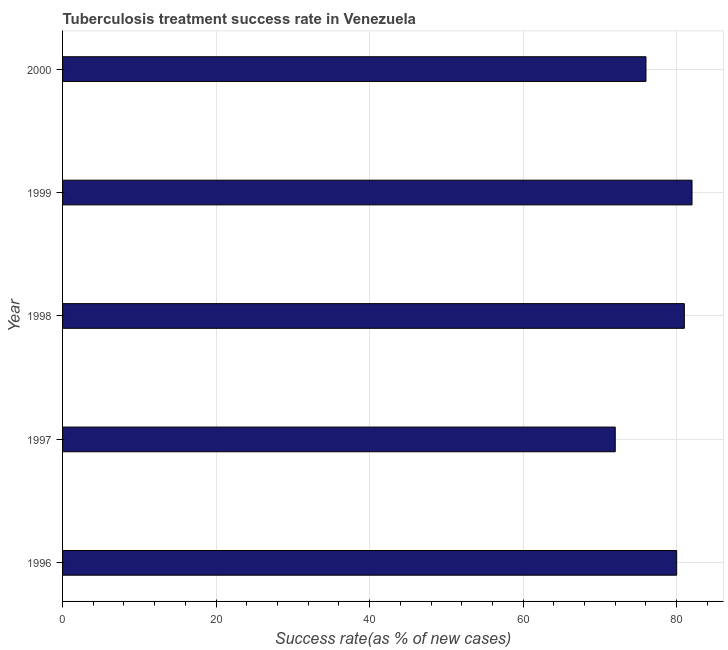
| Year | Tuberculosis treatment success rate |
 | --- | --- |
 | 1996 | 80 |
 | 1997 | 72 |
 | 1998 | 81 |
 | 1999 | 82 |
 | 2000 | 76 |